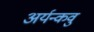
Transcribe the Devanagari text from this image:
अर्यन्कवु